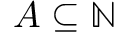
A \subseteq \mathbb { N }